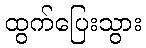
ထွက်ပြေးသွား